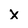
Character: X